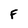
Character: F